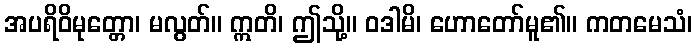
အပရိဝိမုတ္တော၊ မလွတ်။ ဣတိ၊ ဤသို့။ ဝဒါမိ၊ ဟောတော်မူ၏။ ကတမေသံ၊